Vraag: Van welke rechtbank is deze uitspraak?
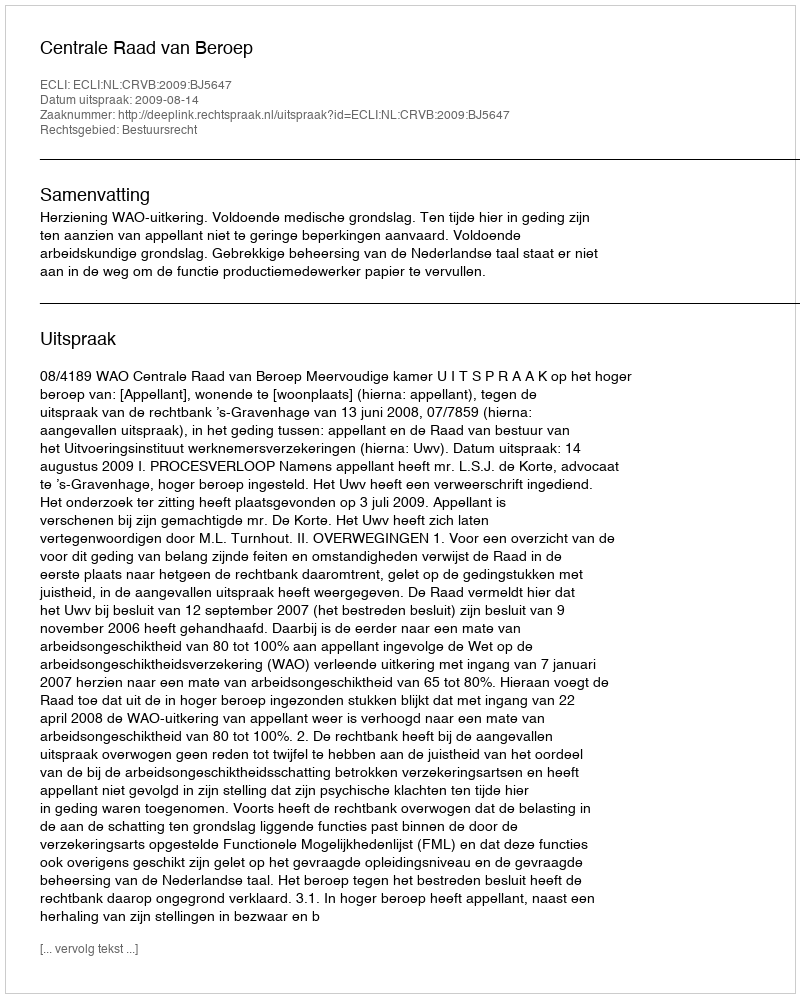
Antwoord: Centrale Raad van Beroep